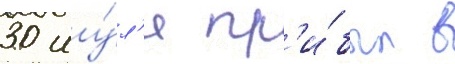
30 иу́л'я пр'и́был в